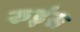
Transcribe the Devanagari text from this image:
रुइंस